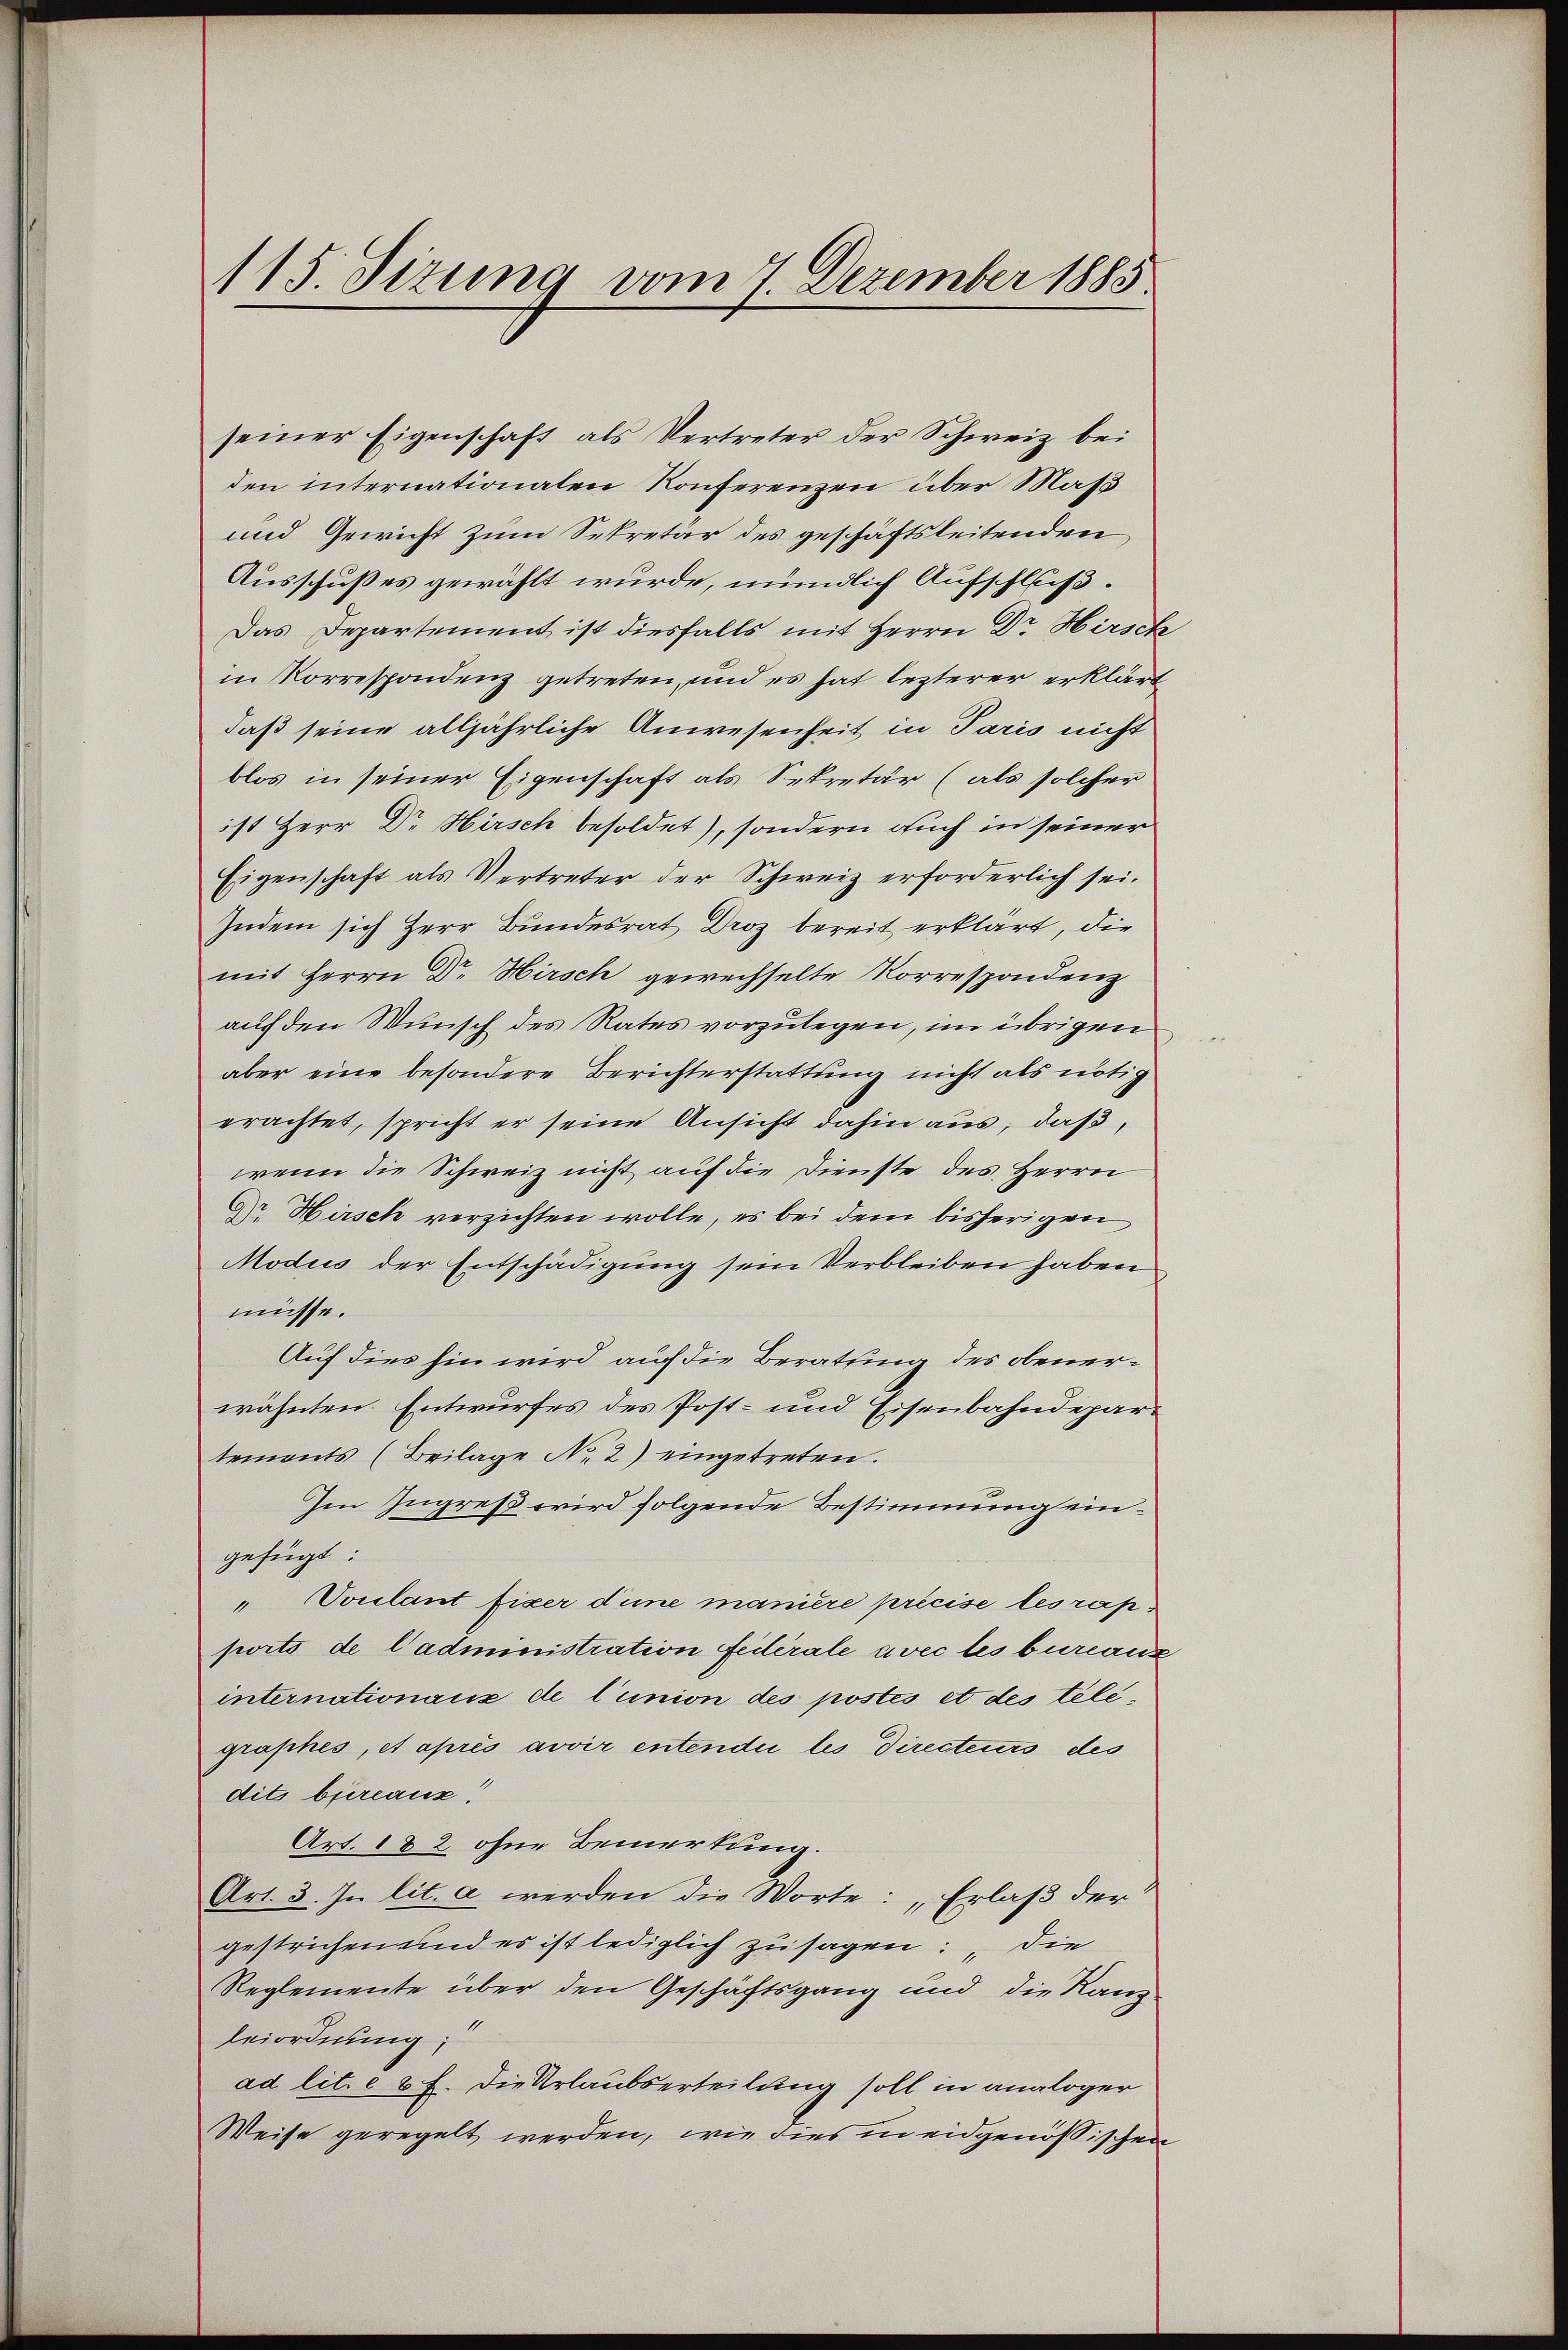
115. Sizung vom 7. Dezember 1885.

seiner Eigenschaft als Vertreter der Schweiz bei
den internationalen Konferenzen über Maß
und Gewicht zum Sekretär des geschäftsleitenden
Ausschußes gewählt wurde, mündlich Aufschluß.
Das Departement ist diesfalls mit Herrn Dr. Hirsch
in Korrespondenz getreten, und es hat lezterer erklärt
daß seine alljährliche Anwesenheit in Paris nicht
blos in seiner Eigenschaft als Sekretär (als solcher
ist Herr Dr Hirsch besoldet), sondern auch in seiner
Eigenschaft als Vertreter der Schweiz erforderlich sei.
Indem sich Herr Bundesrat Droz bereit erklärt, die
mit Herrn Dr. Hirsch gewechselte Korrespondenz
auf den Wunsch des Rates vorzulegen, im übrigen
aber eine besondere Berichterstattung nicht als nötig
erachtet, spricht er seine Ansicht dahin aus, daß,
wenn die Schweiz nicht auf die Dienste des Herrn
G Hirsch verzichten wolle, es bei dem bisherigen
Modus der Entschädigung sein Verbleiben haben
müsse.
Auf dies hin wird auch die Beratung des obenerwähnten. Entwurfes des Post- und Eisenbahndepartemonts (Beilage No. 2) eingetreten.
Im Ingreß wird folgende Bestimmung eingefügt:
Voulant fixer d’une manière précise les rap
ports de l’administration Federale avec les bureaux
internationaux de l’union des postés et des telegraphes, et après avoir entendii les Directeurs des
dits bureauz.
Art. 182 ohne Bemerkung.
Art. 3. In lit. a werden die Worte: „Erlaß der
gestrichen und es ist lediglich zusagen: „Die
Reglemente über den Geschäftsgang und die Kanz
Beiordnung
ad lit. e 8 f. die Urlaubserteilung soll in analoger
Weise geregelt werden, wie dies in eidgenössischen